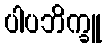
ပါပဘိက္ခူ